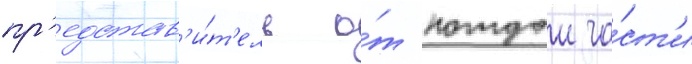
пр'едстав'и́т'ель о́т каждои ча́ст'и